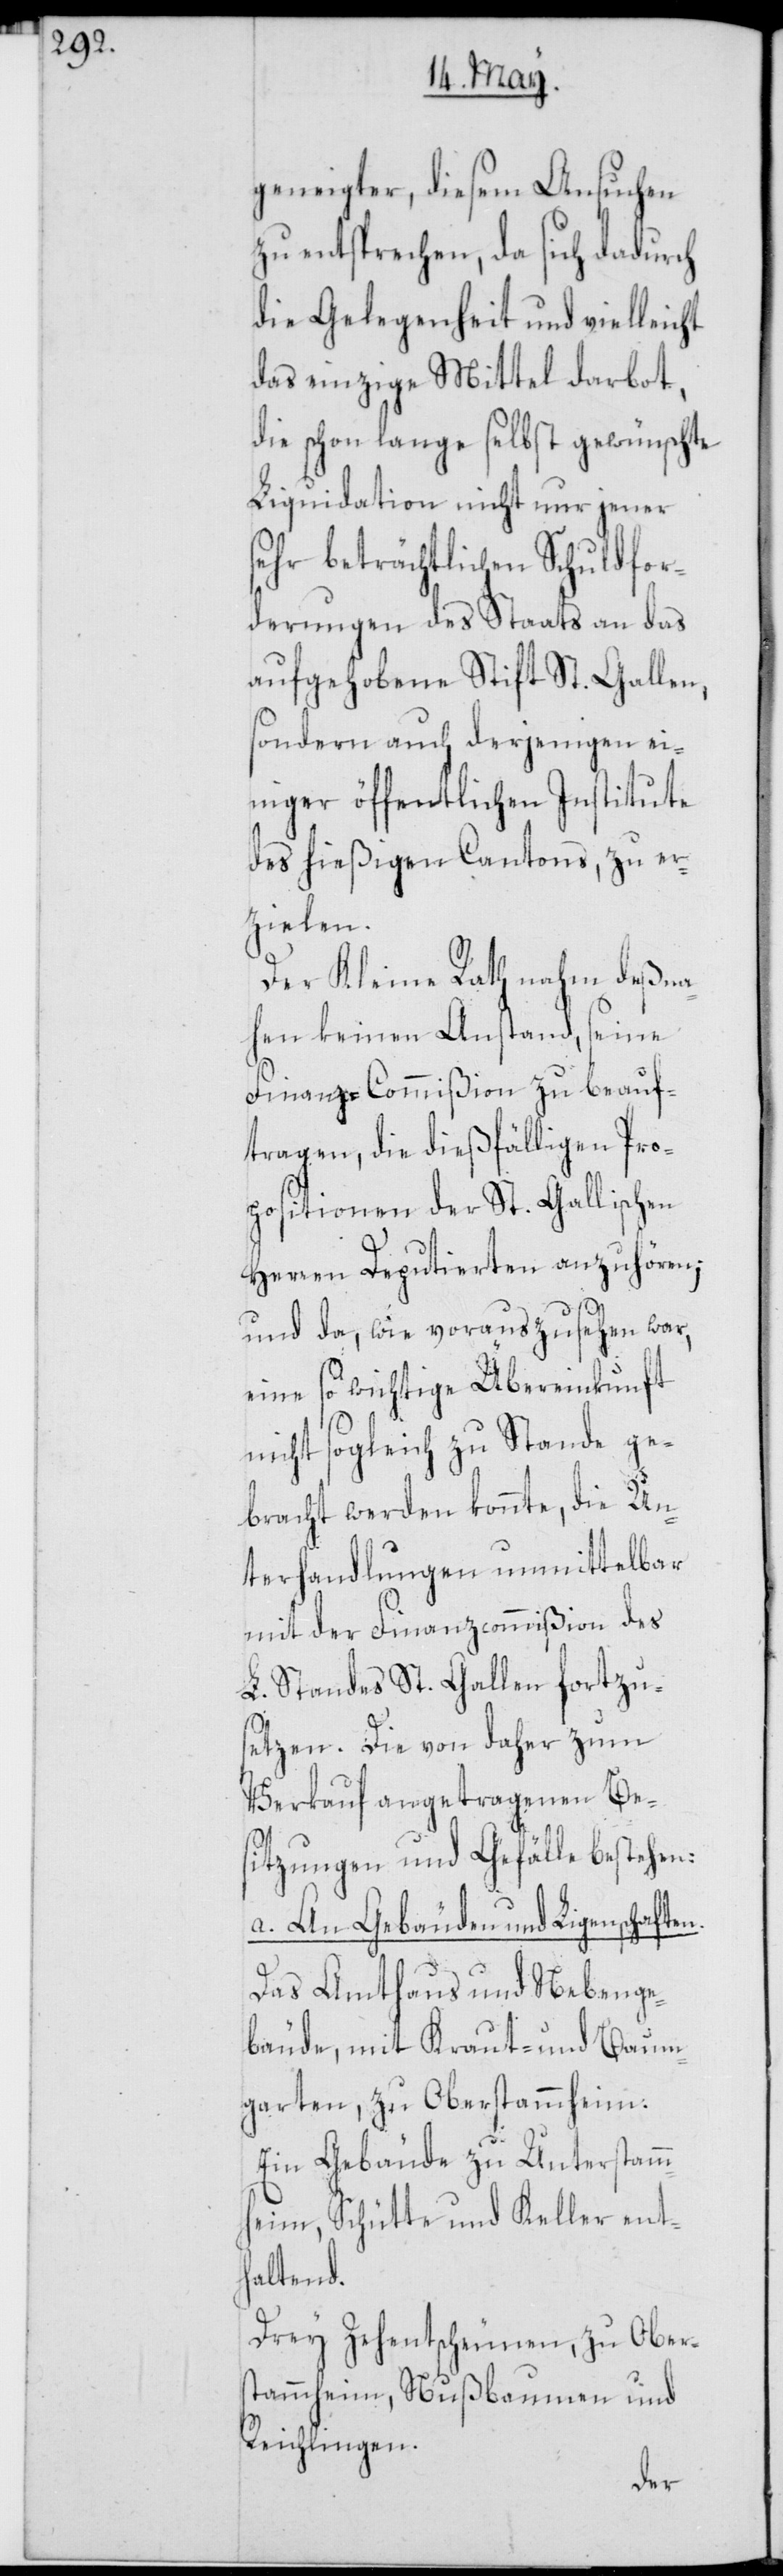
geneigter, diesem Ansuchen
zu entsprechen, da sich dadurch
die Gelegenheit und vielleicht
das einzige Mittel darbot,
die schon lange selbst gewünschte
Liquidation nicht nur jener
sehr beträchtlichen Schuldfor¬
derungen des Staats an das
aufgehobene Stift St. Gallen,
sondern auch derjenigen ei¬
niger öffentlichen Institute
des hießigen Cantons, zu er¬
zielen.
Der Kleine Rath nahm deßna¬
hen keinen Anstand, seine
Finanz-Commißion zu beauf¬
tragen, die dießfälligen Pro¬
positionen der St. Gallischen
Herren Deputierten anzuhören;
und da, wie vorauszusehen war,
eine so wichtige Übereinkunft
nicht sogleich zu Stande ge¬
bracht werden konnte, die Un¬
terhandlungen unmittelbar
mit der Finanzcommißion des
L. Standes St. Gallen fortzu¬
setzen. Die von daher zum
Verkauf angetragenen Bes¬
itzungen und Gefälle bestehen:
a. An Gebäuden und Ligenschaften.
Das Amthaus und Nebenge¬
bäude, mit Kraut- und Baum¬
garten, zu Oberstammheim.
Ein Gebäude zu Unterstamm¬
heim, Schütte und Keller ent¬
haltend.
Drey Zehentscheunen, zu Obers¬
tammheim, Nußbaumen und
Reichlingen.